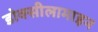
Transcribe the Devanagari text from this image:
डोक्सीलामाइन